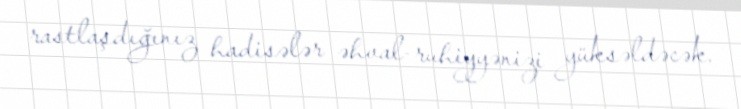
rastlaşdığınız hadisələr əhval-ruhiyyənizi yüksəldəcək.